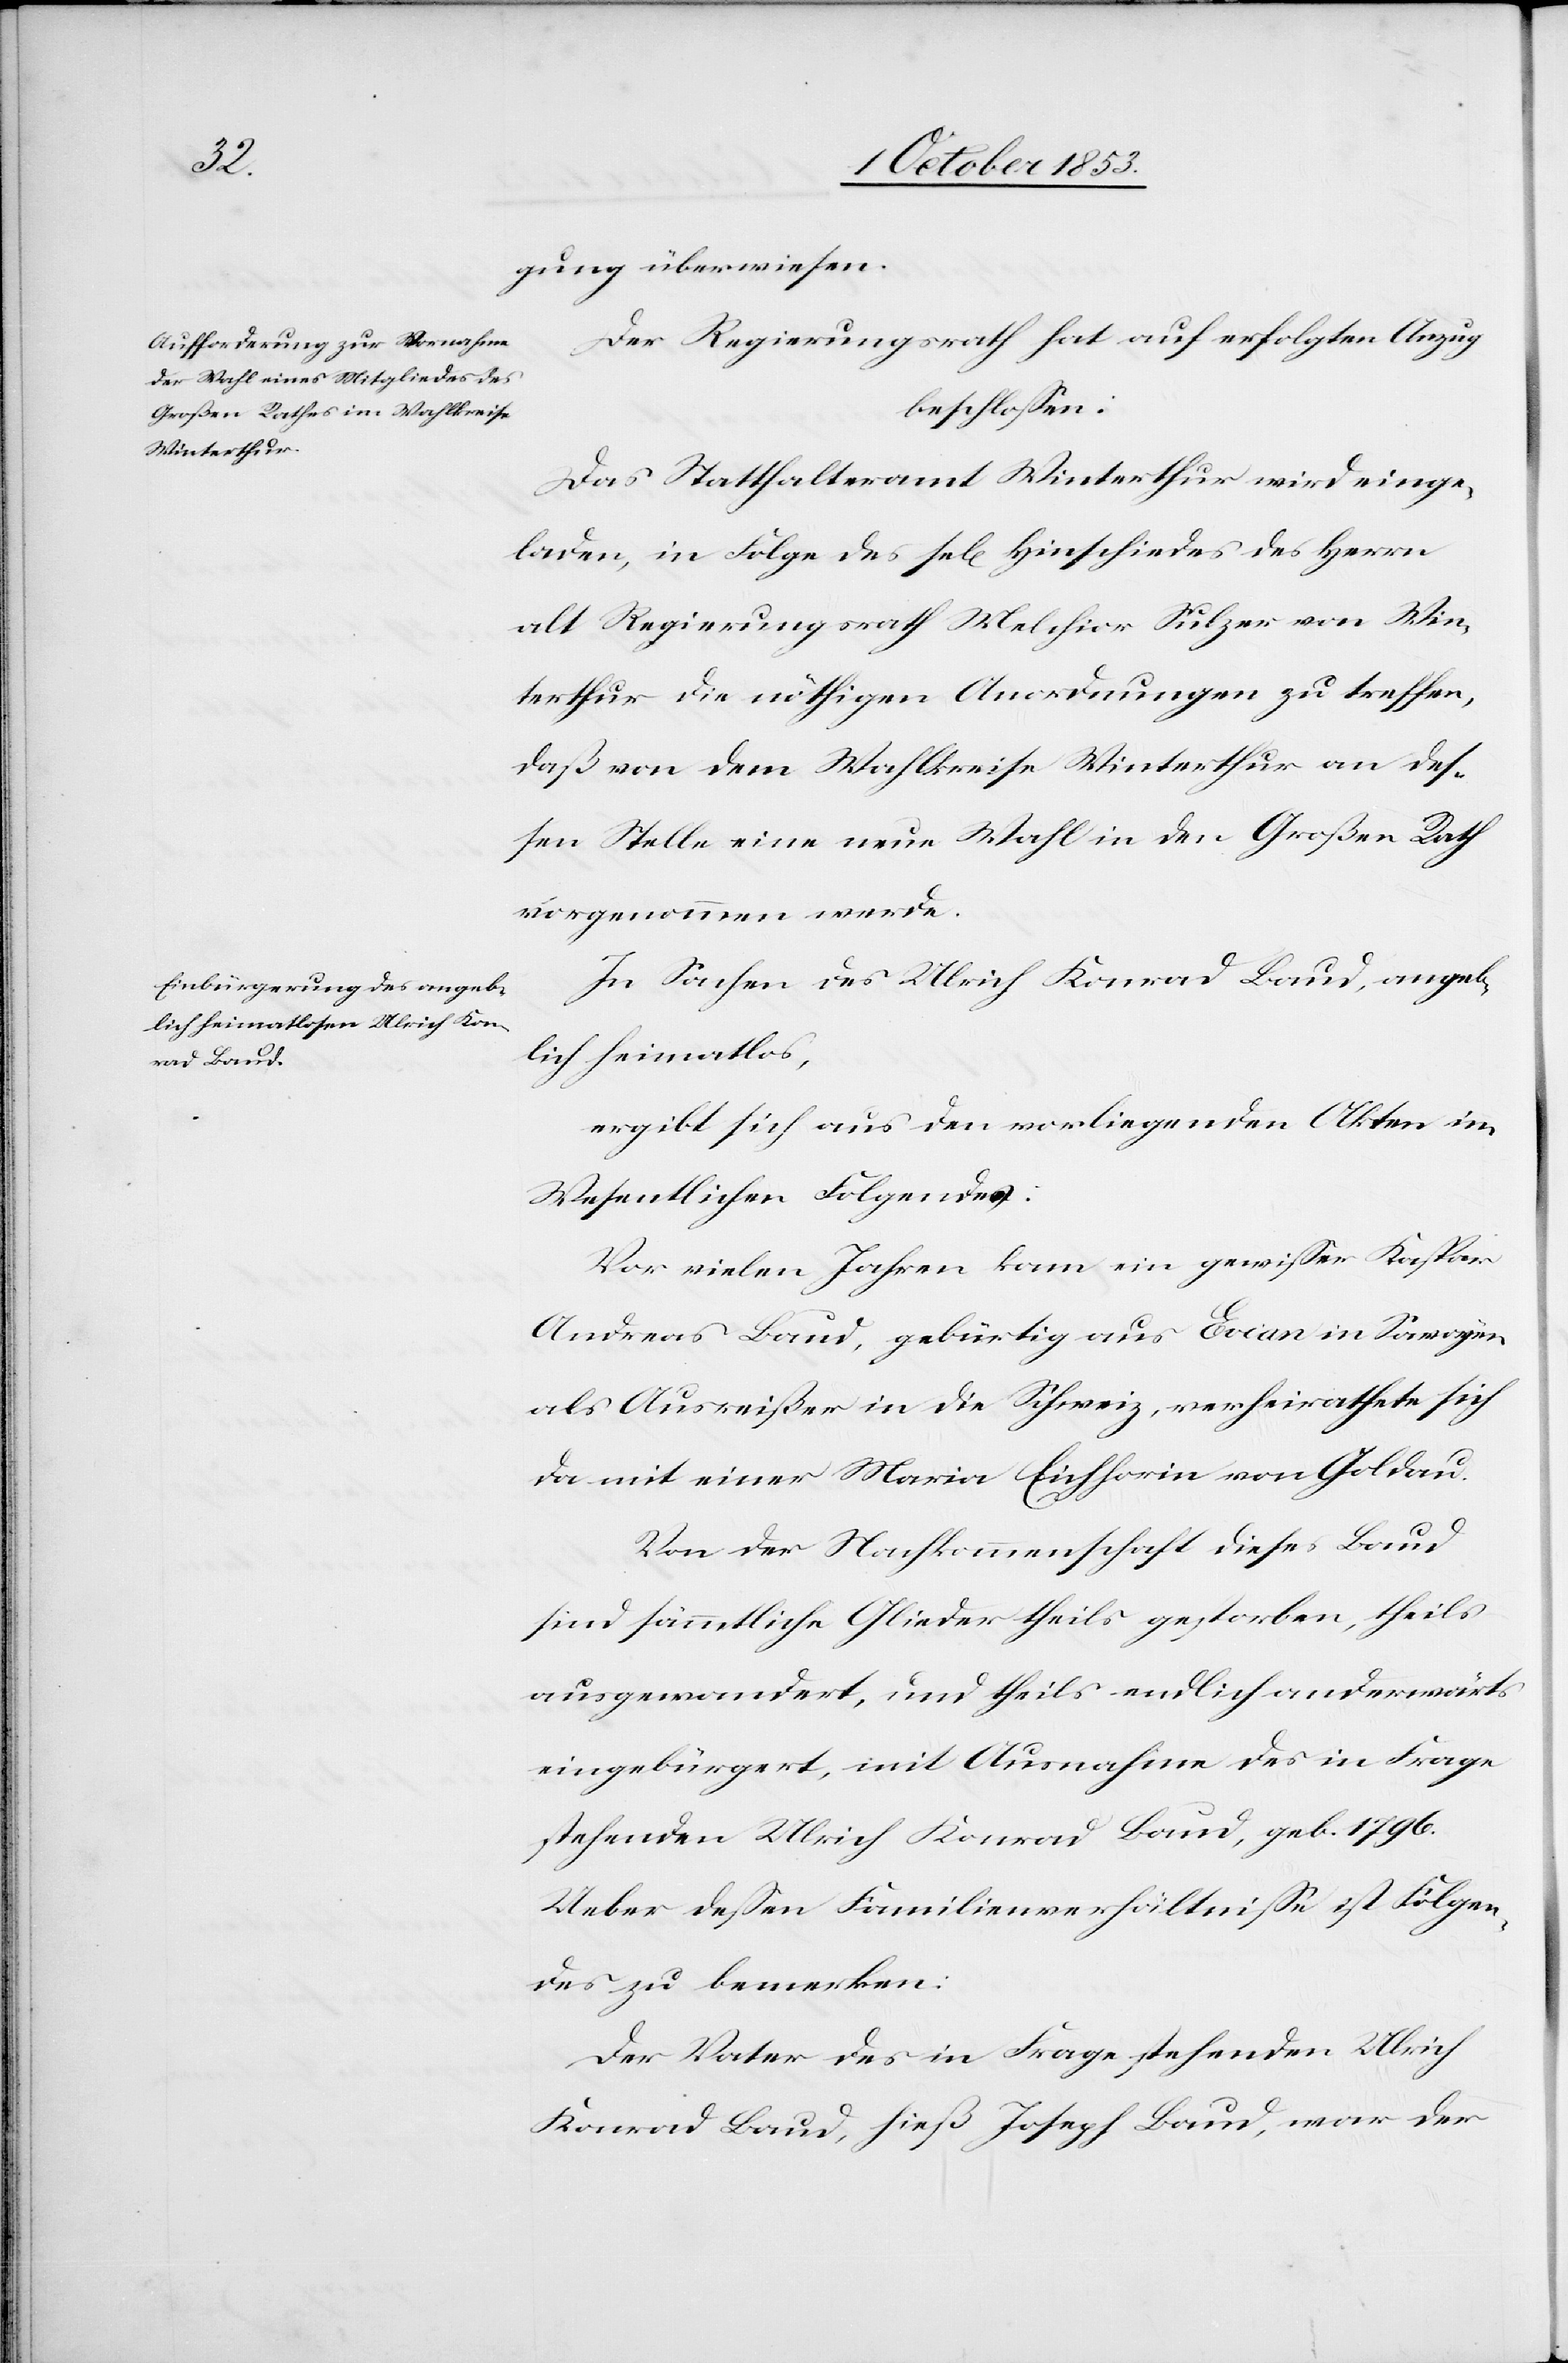
gung überwiesen.
Der Regierungsrath hat auf erfolgten Anzug
beschloßen:
Das Statthalteramt Winterthur wird einge¬
laden, in Folge des sel[igen] Hinschiedes des Herrn
alt Regierungsrath Melchior Sulzer von Win¬
terthur die nöthigen Anordnungen zu treffen,
daß von dem Wahlkreise einen neue Wahl in den
vorgenommen werde.
In Sachen des Ulrich Konrad Baud, angeb¬
lich heimatlos,
ergibt sich aus den vorliegenden Akten im
Wesentlichen Folgendes:
Vor vielen Jahren kam ein gewißer Kaspar
Andreas Baud, gebürtig aus Evian in Savoyen
als Ausreißer in die Schweiz, verheirathete sich
da mit einer Maria Eichhorin von Goldau.
Von der Nachkommenschaft dieses Baud
sind sämmtliche Gliedertheils gestorben, theils
ausgewandert, und theils endlich anderwärts
eingebürgert, mit Ausnahme des in Frage
stehenden Ulrich Konrad Baud, geb. 1796.
Ueber deßen Familienverhältniße ist Folgen¬
des zu bemerken:
Der Vater des in Frage stehenden Ulrich
Konrad Baud, hieß Joseph Baud, war der